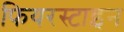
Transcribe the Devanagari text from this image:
फियरस्टाइन